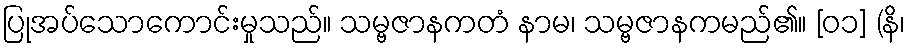
ပြုအပ်သောကောင်းမှုသည်။ သမ္ဗဇာနကတံ နာမ၊ သမ္ဗဇာနကမည်၏။ [၀၁] (နိ၊